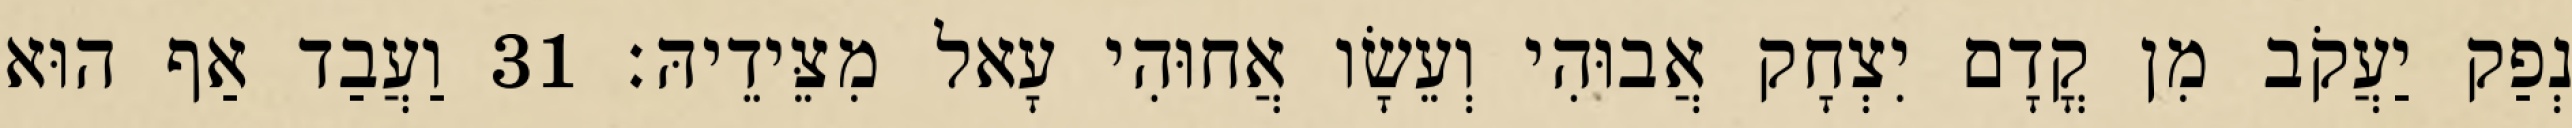
נְפַק יַעֲקֹב מִן קֳדָם יִצְחָק אֲבוּהִי וְעֵשָׂו אֲחוּהִי עָאל מִצֵּידֵיהּ׃ 31 וַעֲבַד אַף הוּא